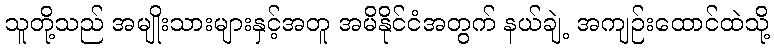
သူတို့သည် အမျိုးသားများနှင့်အတူ အမိနိုင်ငံအတွက် နယ်ချဲ့ အကျဉ်းထောင်ထဲသို့